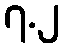
၇.၂